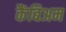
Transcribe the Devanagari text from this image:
कैंबिअम